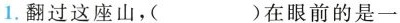
1.翻过这座山，( )在眼前的是一